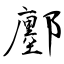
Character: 鄽